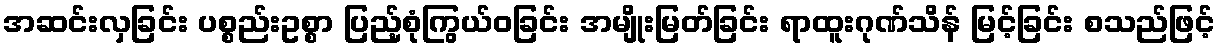
အဆင်းလှခြင်း ပစ္စည်းဥစ္စာ ပြည့်စုံကြွယ်ဝခြင်း အမျိုးမြတ်ခြင်း ရာထူးဂုဏ်သိန် မြင့်ခြင်း စသည်ဖြင့်